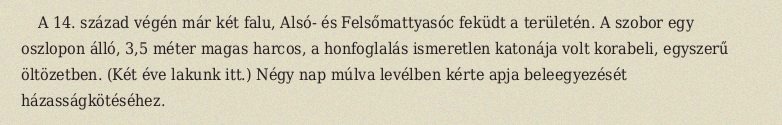
A 14. század végén már két falu, Alsó- és Felsőmattyasóc feküdt a területén. A szobor egy oszlopon álló, 3,5 méter magas harcos, a honfoglalás ismeretlen katonája volt korabeli, egyszerű öltözetben. (Két éve lakunk itt.) Négy nap múlva levélben kérte apja beleegyezését házasságkötéséhez.